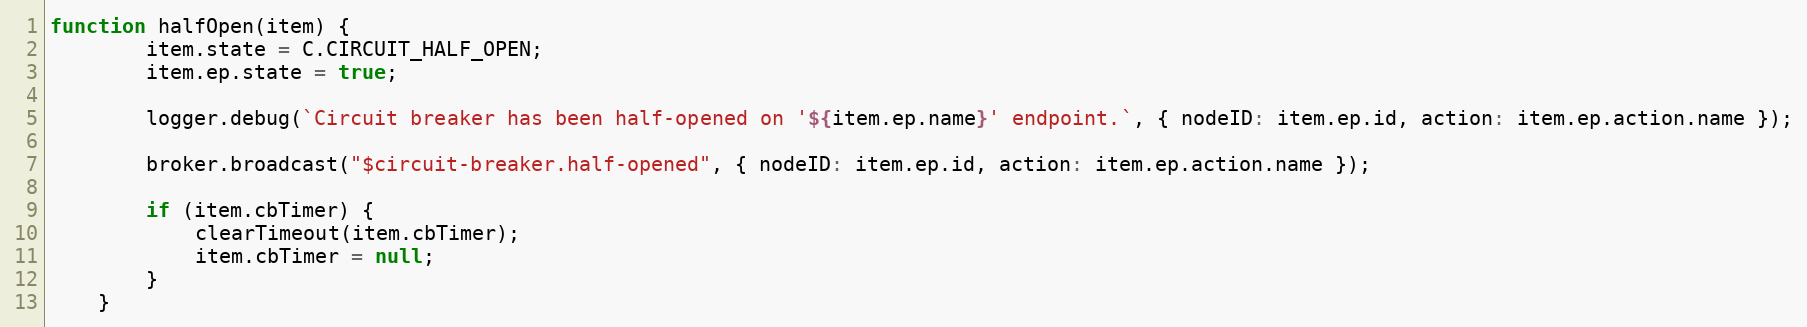
Language: JavaScript
function halfOpen(item) {
		item.state = C.CIRCUIT_HALF_OPEN;
		item.ep.state = true;

		logger.debug(`Circuit breaker has been half-opened on '${item.ep.name}' endpoint.`, { nodeID: item.ep.id, action: item.ep.action.name });

		broker.broadcast("$circuit-breaker.half-opened", { nodeID: item.ep.id, action: item.ep.action.name });

		if (item.cbTimer) {
			clearTimeout(item.cbTimer);
			item.cbTimer = null;
		}
	}